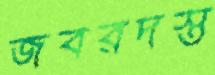
জবরদস্ত